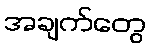
အချက်တွေ